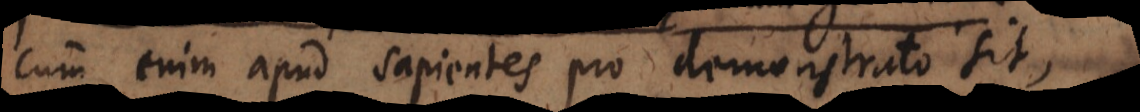
Cum enim apud sapientes pro demonstrato sit,